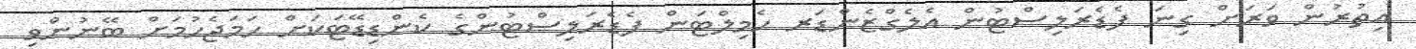
އިތުުރުން ވަރަށް ގިނަ ފެޑެރަލިސްޓުން އެލެގްޒެންޑަރ ހެމިލްޓަން ފެޑެރަލިސްޓުންގެ ކެންޑިޑޭޓަކަށް ހަމަޖެހުމަށް ބޭނުންވި